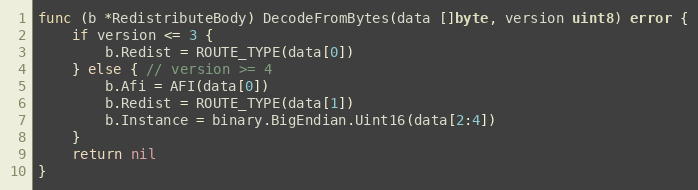
Language: Go
func (b *RedistributeBody) DecodeFromBytes(data []byte, version uint8) error {
	if version <= 3 {
		b.Redist = ROUTE_TYPE(data[0])
	} else { // version >= 4
		b.Afi = AFI(data[0])
		b.Redist = ROUTE_TYPE(data[1])
		b.Instance = binary.BigEndian.Uint16(data[2:4])
	}
	return nil
}